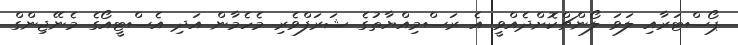
ޕޯސްޓަރާއި ލަވަ ލޯންޗްކޮށްދެއްވީ އެ ރަސްމިއްޔާތުގެ ޝަރަފްވެރި މެހެމާން އަދި އެސްޓީއޯގެ މެނޭޖިންގް